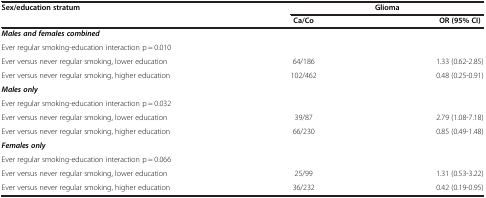
<table><thead><tr><td><b>Sex/education stratum</b></td><td colspan="2"><b>Glioma</b></td></tr><tr><td><b> </b></td><td><b>Ca/Co</b></td><td><b>OR (95% CI)</b></td></tr></thead><tbody><tr><td><b><i>Males and females combined</i></b></td><td> </td><td> </td></tr><tr><td>Ever regular smoking-education interaction p = 0.010</td><td> </td><td> </td></tr><tr><td>Ever versus never regular smoking, lower education</td><td>64/186</td><td>1.33 (0.62-2.85)</td></tr><tr><td>Ever versus never regular smoking, higher education</td><td>102/462</td><td>0.48 (0.25-0.91)</td></tr><tr><td><b><i>Males only</i></b></td><td> </td><td> </td></tr><tr><td>Ever regular smoking-education interaction p = 0.032</td><td> </td><td> </td></tr><tr><td>Ever versus never regular smoking, lower education</td><td>39/87</td><td>2.79 (1.08-7.18)</td></tr><tr><td>Ever versus never regular smoking, higher education</td><td>66/230</td><td>0.85 (0.49-1.48)</td></tr><tr><td><b><i>Females only</i></b></td><td> </td><td> </td></tr><tr><td>Ever regular smoking-education interaction p = 0.066</td><td> </td><td> </td></tr><tr><td>Ever versus never regular smoking, lower education</td><td>25/99</td><td>1.31 (0.53-3.22)</td></tr><tr><td>Ever versus never regular smoking, higher education</td><td>36/232</td><td>0.42 (0.19-0.95)</td></tr></tbody></table>